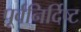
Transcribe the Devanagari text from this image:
पूर्वनिर्दिष्ट